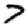
Digit: 7